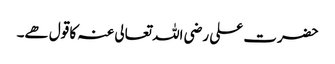
حضرت علی رضی اللہ تعالی عنہ کا قول ھے۔